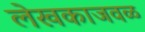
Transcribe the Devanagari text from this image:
लेखकाजवळ